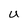
Character: U